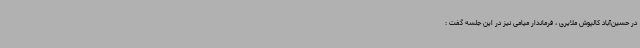
در حسین‌آباد کالپوش ملایری ، فرماندار میامی نیز در این جلسه گفت :